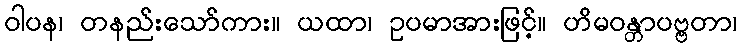
ဝါပန၊ တနည်းသော်ကား။ ယထာ၊ ဥပမာအားဖြင့်။ ဟိမဝန္တာပဗ္ဗတာ၊